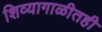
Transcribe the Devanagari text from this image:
शिव्यागाळीतही